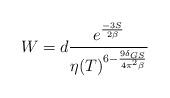
LaTeX: \begin{align*} W=d \frac{e^{\frac{-3 S}{2\beta}}}{\eta(T)^{6-\frac{9 \delta_{GS}}{4 \pi^2 \beta}}}\end{align*}